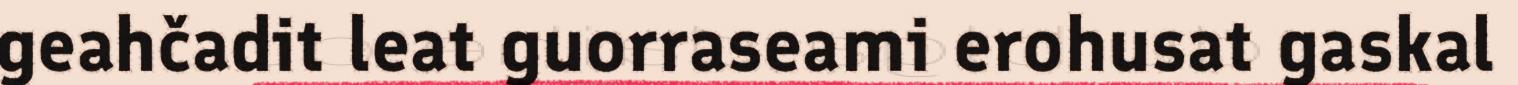
geahčadit leat guorraseami erohusat gaskal